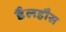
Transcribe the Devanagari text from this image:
डैलहौस